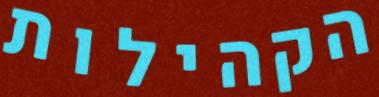
הקהילות